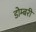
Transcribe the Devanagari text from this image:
डोम्‍बरी